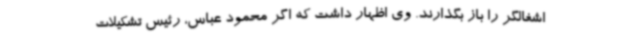
اشغالگر را باز بگذارند. وی اظهار داشت که اگر محمود عباس، رئیس تشکیلات